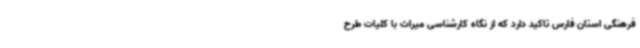
فرهنگی استان فارس تاکید دارد که از نگاه کارشناسی میراث با کلیات طرح